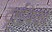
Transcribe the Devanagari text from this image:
ट्राईबेका